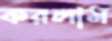
করলাম